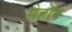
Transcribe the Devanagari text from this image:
मेहोन